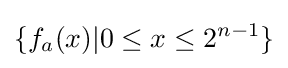
\{f_{a}(x)|0\leq x\leq 2^{n-1}\}